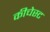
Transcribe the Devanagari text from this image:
कीचेस्ट